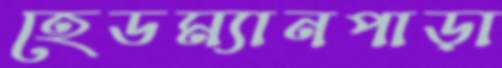
হেডম্যানপাড়া